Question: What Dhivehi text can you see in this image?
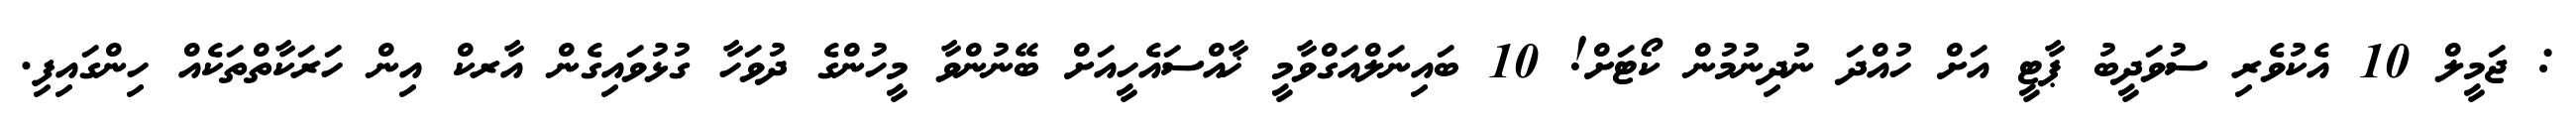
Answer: : ޖަމީލް 10 އެކުވެރި ސުވަދީބު ޕާޓީ އަށް ހުއްދަ ނުދިނުމުން ކޯޓަށް! 10 ބައިނަލްއަގްވާމީ ޚާއްސައެހީއަށް ބޭނުންވާ މީހުންގެ ދުވަހާ ގުޅުވައިގެން އާރކް އިން ހަރަކާތްތަކެއް ހިންގައިފި.